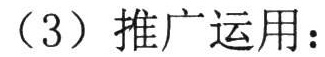
（3）推广运用：